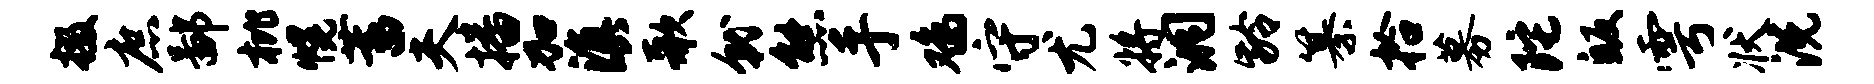
掇庶鄙枇幌蓄夫播加滇歌就熊手鸡守尤将洞龄纂拾募陀皈雩状洗